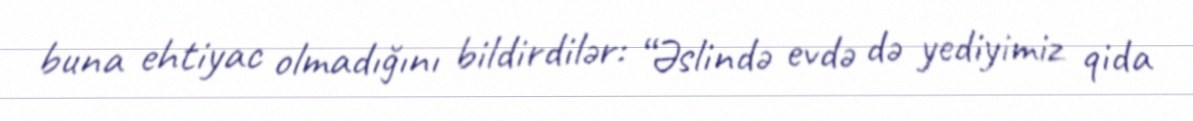
buna ehtiyac olmadığını bildirdilər: “Əslində evdə də yediyimiz qida